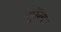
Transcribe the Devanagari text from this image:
मुखॆम